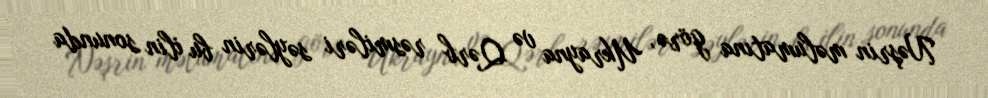
Nəşrin məlumatına görə, Ukrayna və Qərb rəsmiləri səylərin bu ilin sonunda